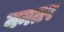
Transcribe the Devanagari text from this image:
ननतर